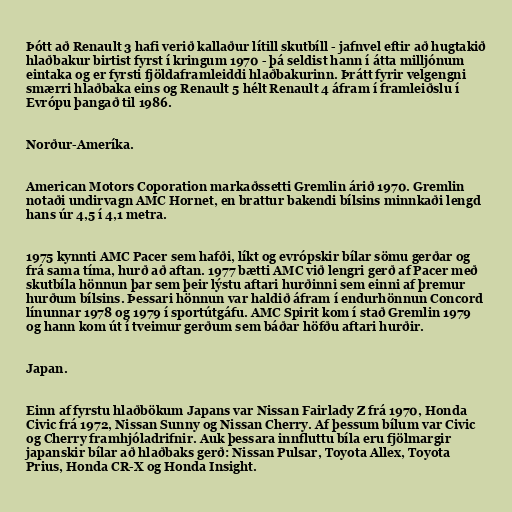
Þótt að Renault 3 hafi verið kallaður lítill skutbíll - jafnvel eftir að hugtakið
hlaðbakur birtist fyrst í kringum 1970 - þá seldist hann í átta milljónum
eintaka og er fyrsti fjöldaframleiddi hlaðbakurinn. Þrátt fyrir velgengni
smærri hlaðbaka eins og Renault 5 hélt Renault 4 áfram í framleiðslu í
Evrópu þangað til 1986.

Norður-Ameríka.

American Motors Coporation markaðssetti Gremlin árið 1970. Gremlin
notaði undirvagn AMC Hornet, en brattur bakendi bílsins minnkaði lengd
hans úr 4,5 í 4,1 metra.

1975 kynnti AMC Pacer sem hafði, líkt og evrópskir bílar sömu gerðar og
frá sama tíma, hurð að aftan. 1977 bætti AMC við lengri gerð af Pacer með
skutbíla hönnun þar sem þeir lýstu aftari hurðinni sem einni af þremur
hurðum bílsins. Þessari hönnun var haldið áfram í endurhönnun Concord
línunnar 1978 og 1979 í sportútgáfu. AMC Spirit kom í stað Gremlin 1979
og hann kom út í tveimur gerðum sem báðar höfðu aftari hurðir.

Japan.

Einn af fyrstu hlaðbökum Japans var Nissan Fairlady Z frá 1970, Honda
Civic frá 1972, Nissan Sunny og Nissan Cherry. Af þessum bílum var Civic
og Cherry framhjóladrifnir. Auk þessara innfluttu bíla eru fjölmargir
japanskir bílar að hlaðbaks gerð: Nissan Pulsar, Toyota Allex, Toyota
Prius, Honda CR-X og Honda Insight.